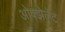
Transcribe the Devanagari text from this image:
ओक्झेलेट